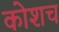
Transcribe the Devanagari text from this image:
कोशच